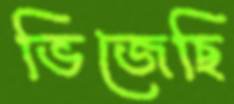
ভিজেছি